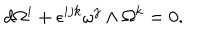
d \Omega ^ { i } + \epsilon ^ { i j k } \omega ^ { j } \wedge \Omega ^ { k } = 0 .